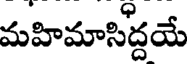
మహిమాసిద్దయే